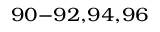
^ { 9 0 - 9 2 , 9 4 , 9 6 }